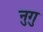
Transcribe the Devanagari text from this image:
नुगु